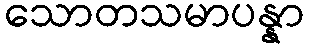
သောတသမာပန္နာ